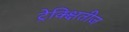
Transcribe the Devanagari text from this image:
ट्रेक्क्षितीज